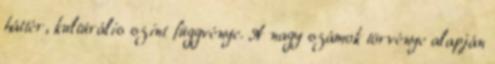
háttér, kultúrális szint függvénye. A nagy számok törvénye alapján